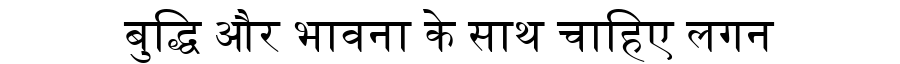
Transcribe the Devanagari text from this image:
बुद्धि और भावना के साथ चाहिए लगन